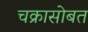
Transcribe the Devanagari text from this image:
चक्रासोबत